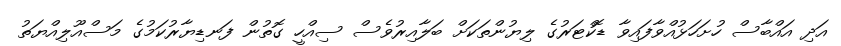
އަދި އައްބާސް ހުށަހަޅުއްވާފައިވާ ޑޮކްޓަރުގެ ލިޔުންތަކަށް ބަލާއިރުވެސް ސިއްހީ ގޮތުން ފަނޑިޔާރުކަމުގެ މަސްއޫލިއްޔަތު